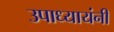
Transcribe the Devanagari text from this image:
उपाध्यायंनी